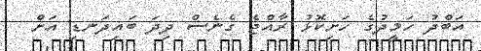
އަބްދު ހަމީދުގެ ހަށިކޮޅު ރާއްޖެ ގެނެސް ދިދަ ބައިދަނޑި އަށް